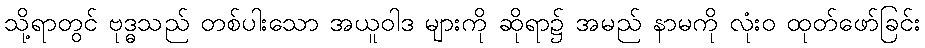
သို့ရာတွင် ဗုဒ္ဓသည် တစ်ပါးသော အယူဝါဒ များကို ဆိုရာ၌ အမည် နာမကို လုံးဝ ထုတ်ဖော်ခြင်း